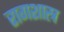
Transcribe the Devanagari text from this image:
रागशास्त्र